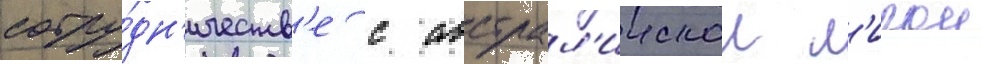
сотру́дн'ичеств'е с австрал'иискои л'игои